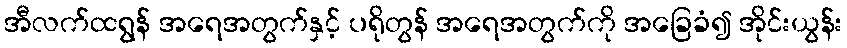
အီလက်ထရွန် အရေအတွက်နှင့် ပရိုတွန် အရေအတွက်ကို အခြေခံ၍ အိုင်းယွန်း